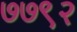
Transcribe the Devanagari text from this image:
७७९२